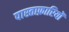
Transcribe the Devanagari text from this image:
पास्ताफ़ारियों